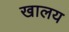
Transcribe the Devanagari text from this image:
खालय